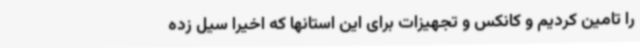
را تامین کردیم و کانکس و تجهیزات برای این استانها که اخیرا سیل زده